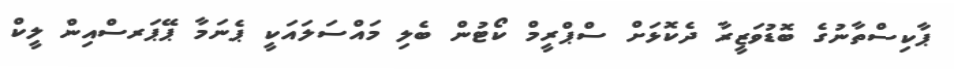
ޕާކިސްތާނުގެ ބޮޑުވަޒީރާ ދެކޮޅަށް ސްޕްރީމް ކޯޓުން ބެލި މައްސަލައަކީ ޕެނަމާ ޕޭޕަރސްއިން ލީކް